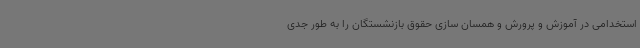
استخدامی در آموزش و پرورش و همسان سازی حقوق بازنشستگان را به طور جدی